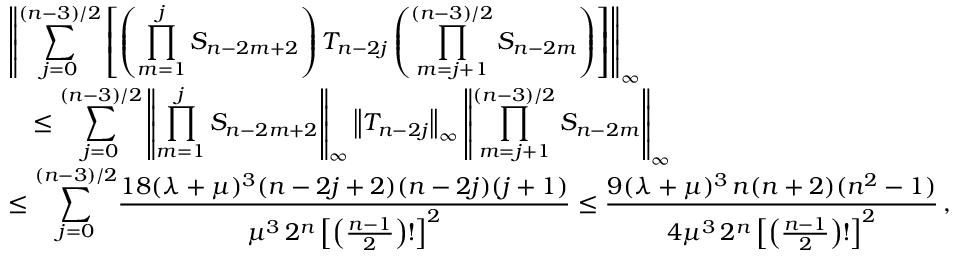
\begin{array} { r l } & { \left\| \displaystyle { \sum _ { j = 0 } ^ { ( n - 3 ) / 2 } } \left[ \left( \displaystyle { \prod _ { m = 1 } ^ { j } S _ { n - 2 m + 2 } } \right) T _ { n - 2 j } \left( \displaystyle { \prod _ { m = j + 1 } ^ { ( n - 3 ) / 2 } S _ { n - 2 m } } \right) \right] \right\| _ { \infty } } \\ & { \ \ \ \le \displaystyle { \sum _ { j = 0 } ^ { ( n - 3 ) / 2 } } \left\| \displaystyle { \prod _ { m = 1 } ^ { j } S _ { n - 2 m + 2 } } \right\| _ { \infty } \left\| T _ { n - 2 j } \right\| _ { \infty } \left\| \displaystyle { \prod _ { m = j + 1 } ^ { ( n - 3 ) / 2 } S _ { n - 2 m } } \right\| _ { \infty } } \\ & { \le \displaystyle { \sum _ { j = 0 } ^ { ( n - 3 ) / 2 } } \frac { 1 8 ( \lambda + \mu ) ^ { 3 } ( n - 2 j + 2 ) ( n - 2 j ) ( j + 1 ) } { \mu ^ { 3 } \, 2 ^ { n } \left[ \left( \frac { n - 1 } { 2 } \right) ! \right] ^ { 2 } } \le \frac { 9 ( \lambda + \mu ) ^ { 3 } \, n ( n + 2 ) ( n ^ { 2 } - 1 ) } { 4 \mu ^ { 3 } \, 2 ^ { n } \left[ \left( \frac { n - 1 } { 2 } \right) ! \right] ^ { 2 } } \, , } \end{array}